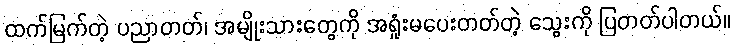
ထက်မြက်တဲ့ ပညာတတ်၊ အမျိုးသားတွေကို အရှုံးမပေးတတ်တဲ့ သွေးကို ပြတတ်ပါတယ်။